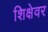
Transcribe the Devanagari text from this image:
शिक्षेवर